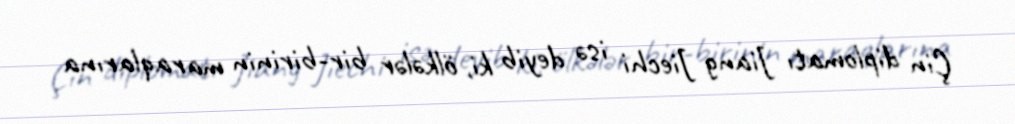
Çin diplomatı Jiang Jiechi isə deyib ki, ölkələr bir-birinin maraqlarına